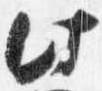
此